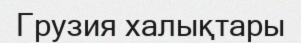
Грузия халықтары